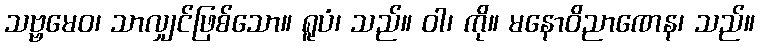
သဗ္ဗမေဝ၊ သာလျှင်ဖြစ်သော။ ရူပံ၊ သည်။ ဝါ၊ ကို။ မနောဝိညာဏေန၊ သည်။